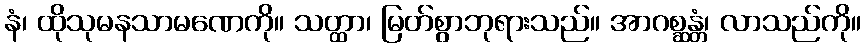
နံ၊ ထိုသုမနသာမဏေကို။ သတ္ထာ၊ မြတ်စွာဘုရားသည်။ အာဂစ္ဆန္တံ၊ လာသည်ကို။